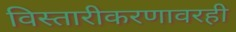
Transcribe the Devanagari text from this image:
विस्तारीकरणावरही